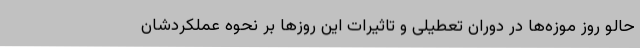
حالو روز موزه‌ها در دوران تعطیلی و تاثیرات این روزها بر نحوه عملکردشان